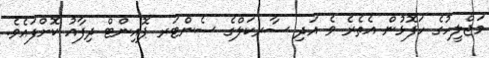
މަޖްލީހުގެ ހަފޮޅުން އެތެރެ ވެ އަދި ސާރކަލްގެ ސެންޓަރ ޕޮއިންޓް ދިފާއު ކޮށްފައެވެ.